Civil Veterinary Department Bengal reports 1923-33 - 1923-1933
Year: 1923
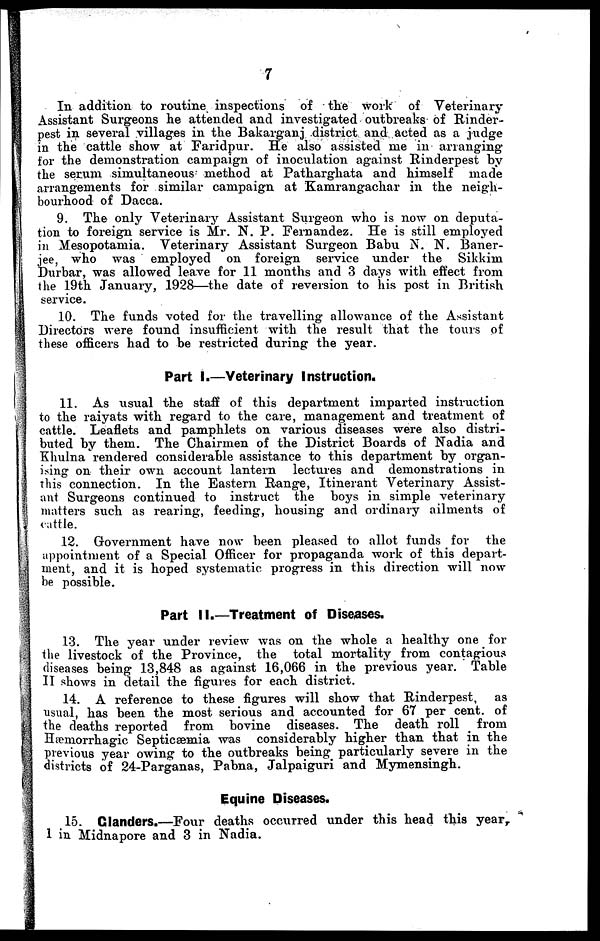
7
In addition to routine inspections of the work of Veterinary
Assistant Surgeons he attended and investigated outbreaks of Rinder-
pest in several villages in the Bakarganj district and acted as a judge
in the cattle show at Faridpur. He also assisted rne in arranging
for the demonstration campaign of inoculation against Rinderpest by
the serum simultaneous method at Patharghata and himself made
arrangements for similar campaign at Kamrangachar in the neigh-
bourhood of Dacca.
9. The only Veterinary Assistant Surgeon who is now on deputa-
tion to foreign service is Mr. N. P. Fernandez. He is still employed
in Mesopotamia. Veterinary Assistant Surgeon Babu N. N. Baner-
jee, who was employed on foreign service under the Sikkim
Durbar, was allowed leave for 11 months and 3 days with effect from
the 19th January, 1928—the date of reversion to his post in British
service.
10. The funds voted for the travelling allowance of the Assistant
Directors were found insufficient with the result that the tours of
these officers had to be restricted during the year.
Part I.—Veterinary Instruction.
11. As usual the staff of this department imparted instruction
to the raiyats with regard to the care, management and treatment of
cattle. Leaflets and pamphlets on various diseases were also distri-
buted by them. The Chairmen of the District Boards of Nadia and
Khulna rendered considerable assistance to this department by organ-
ising on their own account lantern lectures and demonstrations in
this connection. In the Eastern Range, Itinerant Veterinary Assist-
ant Surgeons continued to instruct the boys in simple veterinary
matters such as rearing, feeding, housing and ordinary ailments of
cattle.
12. Government have now been pleased to allot funds for the
appointment of a Special Officer for propaganda work of this depart-
ment, and it is hoped systematic progress in this direction will now
be possible.
Part II.—Treatment of Diseases.
13. The year under review was on the whole a healthy one for
the livestock of the Province, the total mortality from contagious
diseases being 13,848 as against 16,066 in the previous year. Table
II shows in detail the figures for each district.
14. A reference to these figures will show that Rinderpest,
as
usual, has been the most serious and accounted for 67 per cent of
the deaths reported from bovine diseases. The death roll
from
Hæmorrhagic Septicæmia was considerably higher than that in the
previous year owing to the outbreaks being particularly severe in the
districts of 24-Parganas, Pabna, Jalpaiguri and Mymensingh.
Equine Diseases.
15. Glanders.—Four deaths occurred under this head this year
1 in Midnapore and 3 in Nadia.